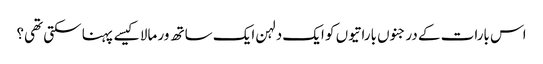
اس بارات کے درجنوں باراتیوں کو ایک دلہن ایک ساتھ ور مالا کیسے پہنا سکتی تھی؟